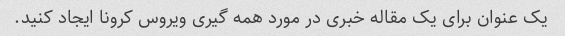
یک عنوان برای یک مقاله خبری در مورد همه گیری ویروس کرونا ایجاد کنید.